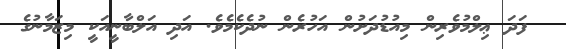
ފަދަ ޢިލްމުވެރިން މިއުޑުދަށުން އަހުރެން ނުދެކެމެވެ. އަދި އަލްބާނީއަކީ މިޒަމާނުގެ